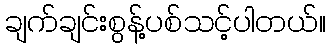
ချက်ချင်းစွန့်ပစ်သင့်ပါတယ်။